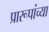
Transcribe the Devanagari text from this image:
प्रारूपांच्या